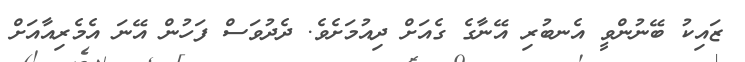
ޒައިކު ބޭނުންވީ އެނބުރި އޭނާގެ ގެއަށް ދިއުމަށެވެ. ދެދުވަސް ފަހުން އޭނަ އެމެރިއާއަށް